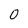
Character: 0